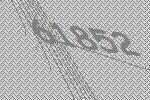
61852